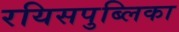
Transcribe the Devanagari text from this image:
रयिसपुब्लिका